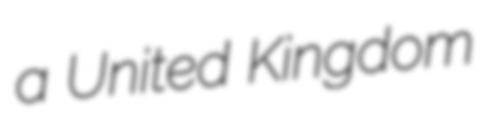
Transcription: a United Kingdom